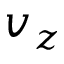
v _ { z }